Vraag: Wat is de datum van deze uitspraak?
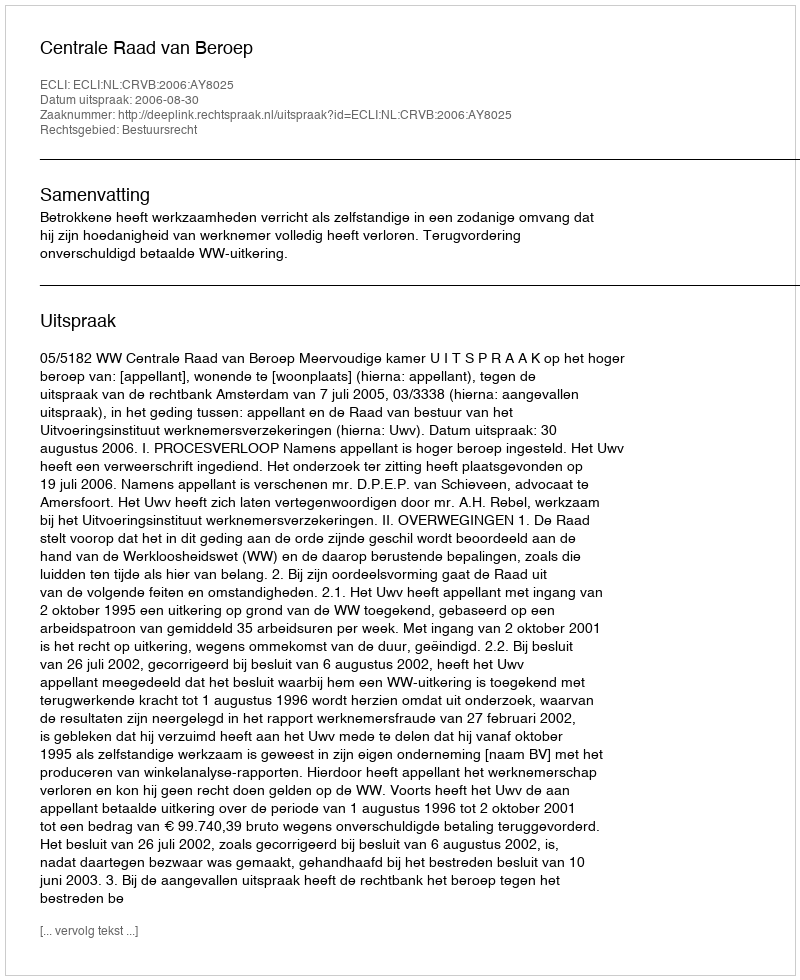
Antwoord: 2006-08-30